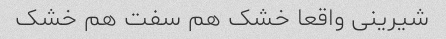
شیرینی واقعا خشک هم سفت هم خشک